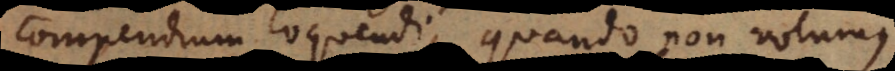
compendium loquendi, quando non volumus